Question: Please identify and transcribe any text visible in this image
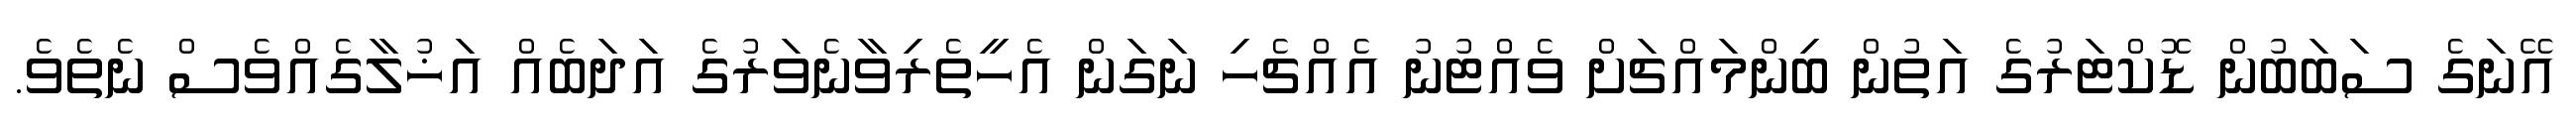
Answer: އޭނަގެ ސަބަބުން ޑޮކްޓަރުގެ އަތުން ބިންމައްޗަށް ވެއްޓުނު އެއްޗެހި ނަގަން އެހީތެރިވާނެވަރުގެ އަދަބެއް އަޚުލާގެއްވެސް ނެތެވެ.